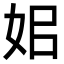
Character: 㚶